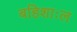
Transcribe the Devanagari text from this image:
बहिशाःल